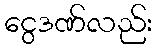
ငွေဒဏ်လည်း